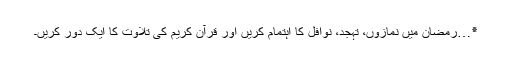
٭…رمضان میں نمازوں، تہجد، نوافل کا اہتمام کریں اور قرآن کریم کی تلاوت کا ایک دور کریں۔